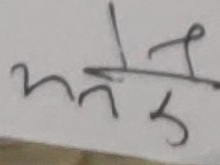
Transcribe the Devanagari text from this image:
अनेको